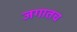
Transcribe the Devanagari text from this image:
जगातच